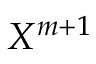
X ^ { m + 1 }